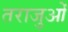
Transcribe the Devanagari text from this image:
तराजुओं